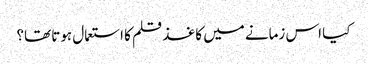
کیا اس زمانے میں کاغذ قلم کا استعمال ہوتا تھا؟